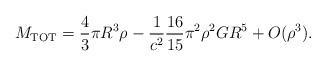
LaTeX: \begin{align*}M_{\rm TOT} = \frac{4}{3} \pi R^3 \rho - \frac{1}{c^2} \frac{16}{15} \pi^2 \rho^2 G R^5 + O(\rho^3) .\end{align*}